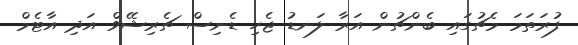
ފުރަތަމަ މެޗުގައި ބެންޗުން އަރާ ލަނޑު ޖެހި ޑެނިސް ޗެރިޝޭވް އަދި އާޓެމް